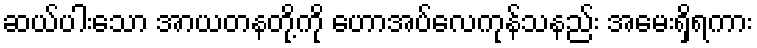
ဆယ်ပါးသော အာယတနတို့ကို ဟောအပ်လေကုန်သနည်း အမေးရှိရကား